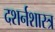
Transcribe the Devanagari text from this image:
दशर्नशास्त्र